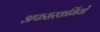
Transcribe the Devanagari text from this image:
अफसरकर्मियों